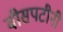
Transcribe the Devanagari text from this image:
वीसपटीनी